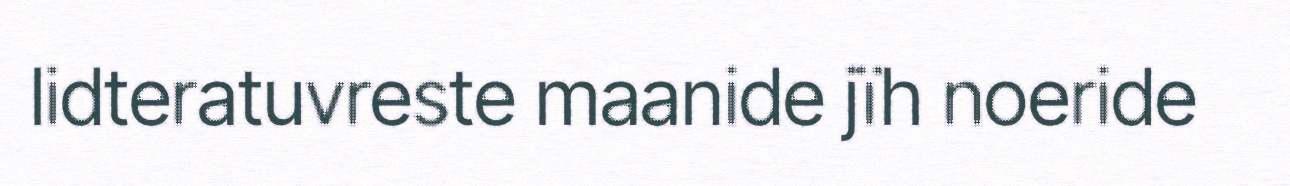
lidteratuvreste maanide jïh noeride